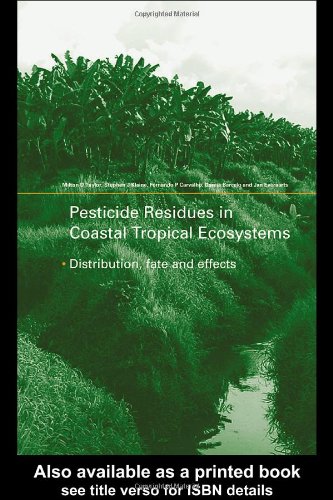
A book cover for Pesticide Residues in Coastal Tropical Ecosystems: Distribution, Fate and Effects; Medical Books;